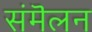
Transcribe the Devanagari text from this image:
संमॆलन